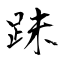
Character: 跊